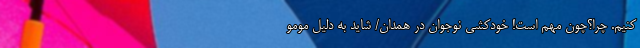
کنیم. چرا؟چون مهم است! خودکشی نوجوان در همدان/ شاید به دلیل مومو